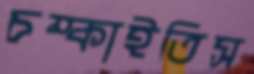
চম্‌কাইতিস